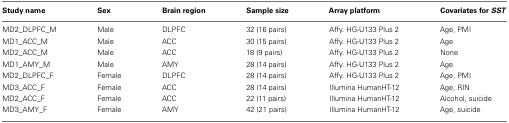
<table><thead><tr><td><b>Study name</b></td><td><b>Sex</b></td><td><b>Brain region</b></td><td><b>Sample size</b></td><td><b>Array platform</b></td><td><b>Covariates for <i>SST</i></b></td></tr></thead><tbody><tr><td>MD2_DLPFC_M</td><td>Male</td><td>DLPFC</td><td>32 (16 pairs)</td><td>Affy. HG-U133 Plus 2</td><td>Age, PMI</td></tr><tr><td>MD1_ACC_M</td><td>Male</td><td>ACC</td><td>30 (15 pairs)</td><td>Affy. HG-U133 Plus 2</td><td>Age</td></tr><tr><td>MD2_ACC_M</td><td>Male</td><td>ACC</td><td>18 (9 pairs)</td><td>Affy. HG-U133 Plus 2</td><td>None</td></tr><tr><td>MD1_AMY_M</td><td>Male</td><td>AMY</td><td>28 (14 pairs)</td><td>Affy. HG-U133 Plus 2</td><td>Age</td></tr><tr><td>MD2_DLPFC_F</td><td>Female</td><td>DLPFC</td><td>28 (14 pairs)</td><td>Affy. HG-U133 Plus 2</td><td>Age, PMI</td></tr><tr><td>MD3_ACC_F</td><td>Female</td><td>ACC</td><td>28 (14 pairs)</td><td>Illumina HumanHT-12</td><td>Age, RIN</td></tr><tr><td>MD2_ACC_F</td><td>Female</td><td>ACC</td><td>22 (11 pairs)</td><td>Illumina HumanHT-12</td><td>Alcohol, suicide</td></tr><tr><td>MD3_AMY_F</td><td>Female</td><td>AMY</td><td>42 (21 pairs)</td><td>Illumina HumanHT-12</td><td>Age, suicide</td></tr></tbody></table>